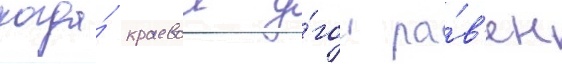
когда́ краевои у́гол ра́в'ен